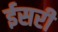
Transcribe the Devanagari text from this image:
ईसरी